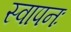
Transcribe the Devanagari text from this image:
स्वापनः